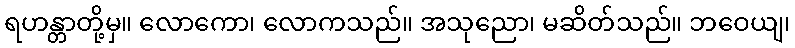
ရဟန္တာတို့မှ။ လောကော၊ လောကသည်။ အသုညော၊ မဆိတ်သည်။ ဘဝေယျ၊